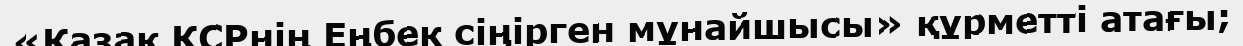
«Қазақ КСРнің Еңбек сіңірген мұнайшысы» құрметті атағы;